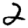
Digit: 2